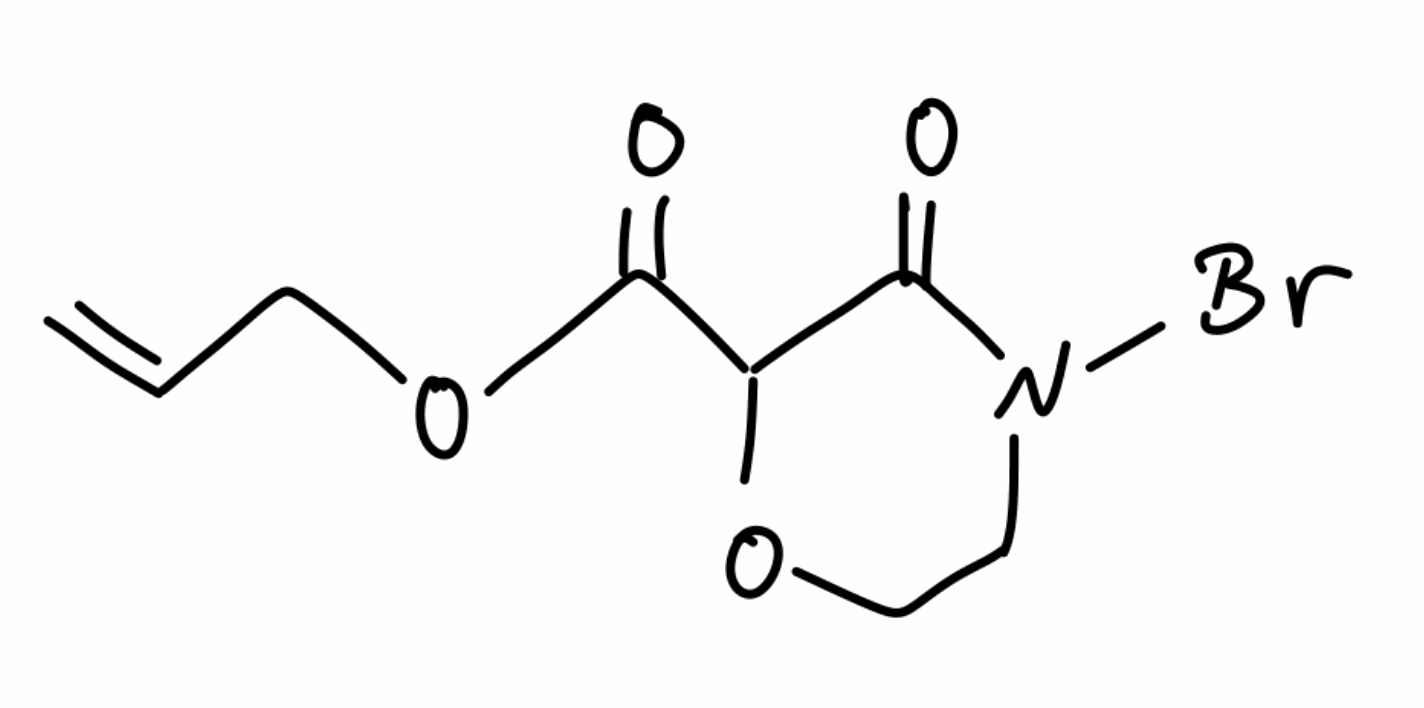
Simplified molecular-input line-entry system (SMILES) notation of the given molecule:
C=CCOC(=O)C1C(=O)N(CCO1)Br